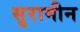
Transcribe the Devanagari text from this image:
सुरामीन